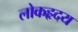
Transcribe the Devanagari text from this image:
लोकहृदय